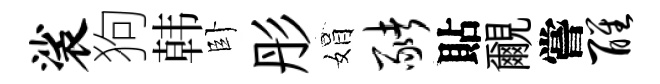
裟狗韩卧彤娟猪貼覼嘗醒